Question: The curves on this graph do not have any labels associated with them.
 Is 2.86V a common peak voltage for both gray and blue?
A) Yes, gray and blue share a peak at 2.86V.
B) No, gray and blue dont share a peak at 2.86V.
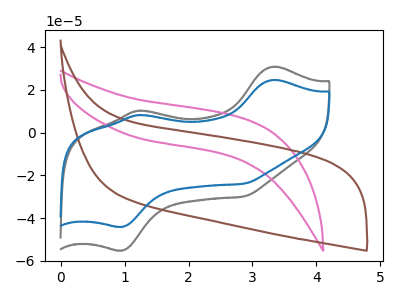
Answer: <think>The gray curve "gray" has anodic peaks at (3.35V, 30.90uA) (1.25V, 10.35uA) and cathodic peaks at (0.95V, -55.15uA) (2.85V, -29.85uA). The pink curve "pink" has no peaks. The brown curve "brown" has no peaks. The blue curve "blue" has anodic peaks at (3.35V, 24.70uA) (1.25V, 8.25uA) and cathodic peaks at (0.95V, -44.05uA) (2.85V, -23.85uA).</think>
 <answer>A) Yes, "gray" and "blue" share a peak at 2.86V.</answer>
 <eval>A</eval>